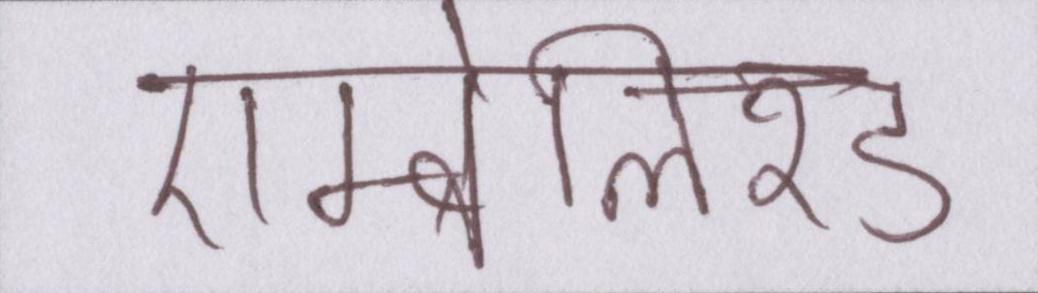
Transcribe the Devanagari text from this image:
एम्बेलिश्ड